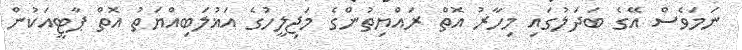
ނަމަވެސް އޭގެ ބަދަލުގައި މިހާރު އޮތް ރައްޔިތުންގެ މަޖިލީހުގެ އަޣުލަބިއްޔަތު އޮތް ޕާޓީއަކުން